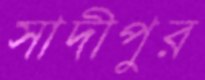
সাদীপুর